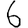
Digit: 6